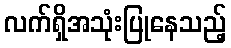
လက်ရှိအသုံးပြုနေသည့်